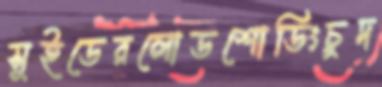
সুইডেরলোডশোডিংচুদ